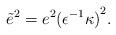
LaTeX: \begin{align*}{\tilde{e}}^2=e^2{({\epsilon}^{-1}\kappa)}^2.\end{align*}